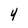
Character: 4